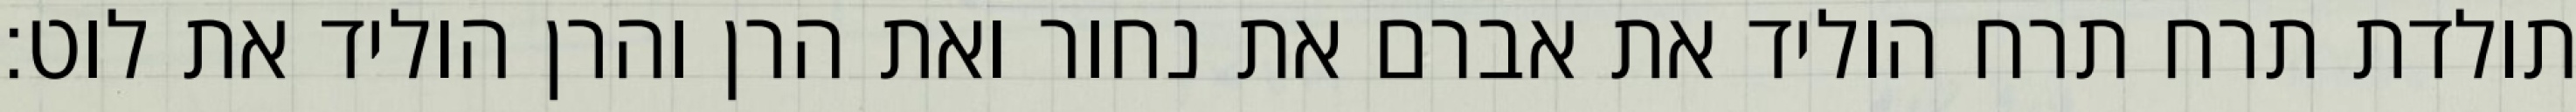
תולדת תרח תרח הוליד את אברם את נחור ואת הרן והרן הוליד את לוט׃